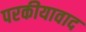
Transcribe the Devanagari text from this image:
परकीयावाद